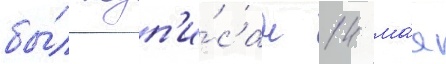
бы́л подп'и́сан 14 ма́я